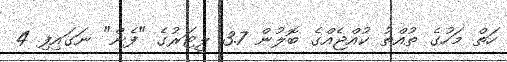
ހަތް މަހުގެ ތުއްތު ކުއްޖެއްގެ ބޮލުން 3.7 ލީޓަރުގެ "ފެން" ނަގައިފި 4